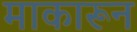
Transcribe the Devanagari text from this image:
माकारून